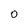
Character: O